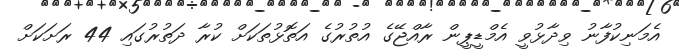
އެމަނިކުފާނު ވިދާޅުވީ އެމްޑީޕީން ރާއްޖޭގެ އުތުރުގެ އަތޮޅުތަކަށް ކުރާ ދަތުރުގައި 44 ރަށަކަށް